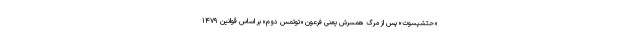
«حتشپسوت» پس از مرگ همسرش یعنی فرعون «توتمس دوم» بر اساس قوانین ۱۴۷۹